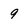
Character: 9